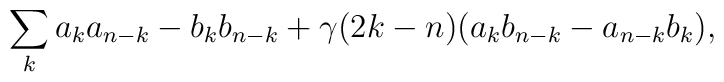
\sum\limits_{k} a_k a_{n-k} - b_k b_{n-k} + \gamma (2k-n) (a_k b_{n-k} - a_{n-k} b_k),